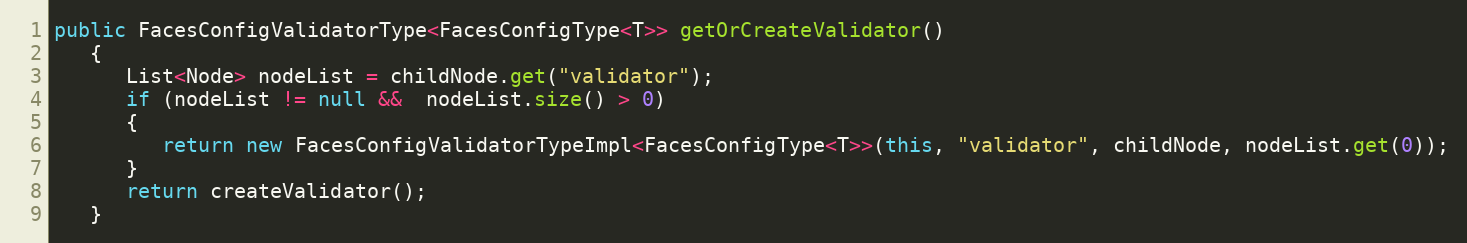
Language: Java
public FacesConfigValidatorType<FacesConfigType<T>> getOrCreateValidator()
   {
      List<Node> nodeList = childNode.get("validator");
      if (nodeList != null &&  nodeList.size() > 0)
      {
         return new FacesConfigValidatorTypeImpl<FacesConfigType<T>>(this, "validator", childNode, nodeList.get(0));
      }
      return createValidator();
   }